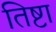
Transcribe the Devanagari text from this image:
तिष्टा